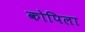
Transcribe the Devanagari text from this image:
कोपिला